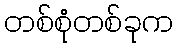
တစ်စုံတစ်ခုက